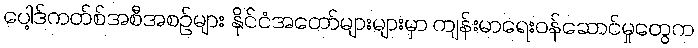
ပေါ့ဒ်ကတ်စ်အစီအစဉ်များ နိုင်ငံအတော်များများမှာ ကျန်းမာရေးဝန်ဆောင်မှုတွေက